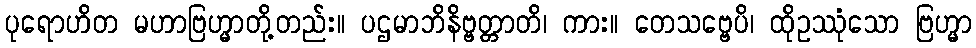
ပုရောဟိတ မဟာဗြဟ္မာတို့တည်း။ ပဌမာဘိနိဗ္ဗတ္တာတိ၊ ကား။ တေသဗ္ဗေပိ၊ ထိုဥဿုံသော ဗြဟ္မာ